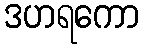
ဒဟရကော